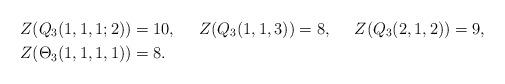
LaTeX: \begin{align*} Z(Q_3(1,1,1;2))&=10,& Z(Q_3(1,1,3))&=8,& Z(Q_3(2,1,2))&=9,&\\ Z(\Theta_{3}(1,1,1,1))&=8. & \end{align*}